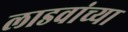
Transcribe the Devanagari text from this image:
लाडवांच्या